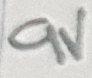
Text: 9V